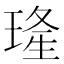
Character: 𤦶